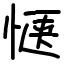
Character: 惬